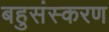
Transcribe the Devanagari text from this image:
बहुसंस्करण